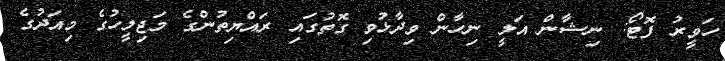
ހަވީރު ފޮޓޯ: ނިޝާން އަލީ ނިހާން ވިދާޅުވި ގޮތުގައި ރައްޔިތުންގެ މަޖިލީހުގެ މިއަދުގެ